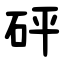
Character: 砰